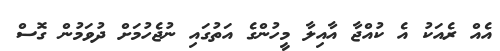
އެއް ރެއަކު އެ ކުއްޖާ އާއިލާ މީހުންގެ އަތުގައި ނުޖެހުމަށް ދުވަމުން ގޮސް